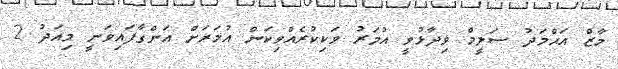
މާޒް އަޙްމަދު ސަލީމް ވިދާޅުވީ އުމަރު ވަކިކުރެއްވިކަން އުމަރަށް އަންގާފައިވަނީ މިއަދު 2